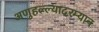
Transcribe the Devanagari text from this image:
अणुहल्ल्यादरम्यान